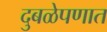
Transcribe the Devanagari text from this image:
दुबळेपणात